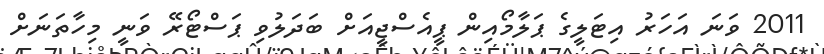
2011 ވަނަ އަހަރު އިޓަލީގެ ޕަލާމޯއިން ޕީއެސްޖީއަށް ބަދަލުވި ޕަސްޓޯރޭ ވަނީ މިހާތަނަށް